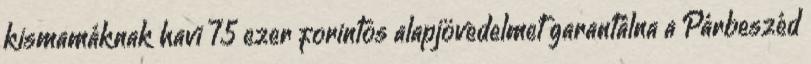
kismamáknak havi 75 ezer forintos alapjövedelmet garantálna a Párbeszéd